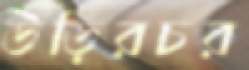
উড়িরচর